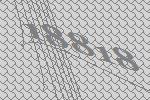
18818